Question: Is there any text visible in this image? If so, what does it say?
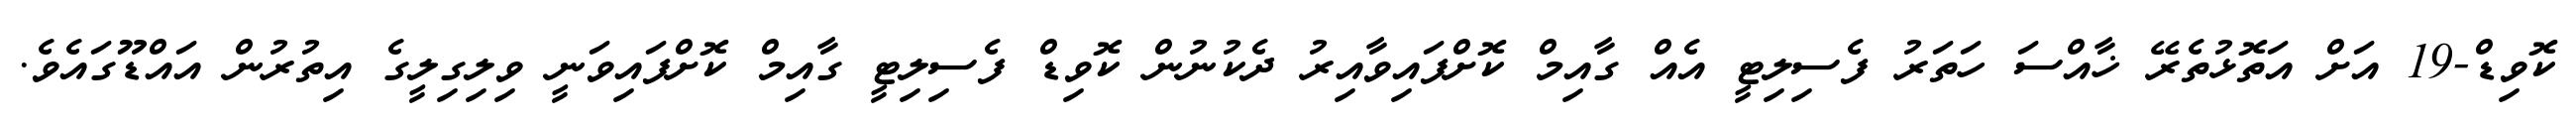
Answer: ކޮވިޑް-19 އަށް އަތޮޅުތެރޭ ޚާއްސަ ހަތަރު ފެސިލިޓީ އެއް ގާއިމް ކޮށްފައިވާއިރު ދެކުނުން ކޮވިޑް ފެސިލިޓީ ގާއިމް ކޮށްފައިވަނީ ވިލިގިލީގެ އިތުރުން އައްޑޫގައެވެ.